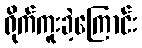
ရိုက်ကူးခဲ့ကြောင်း